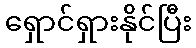
ရှောင်ရှားနိုင်ပြီး